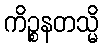
ကိဉ္စနတသ္မိ